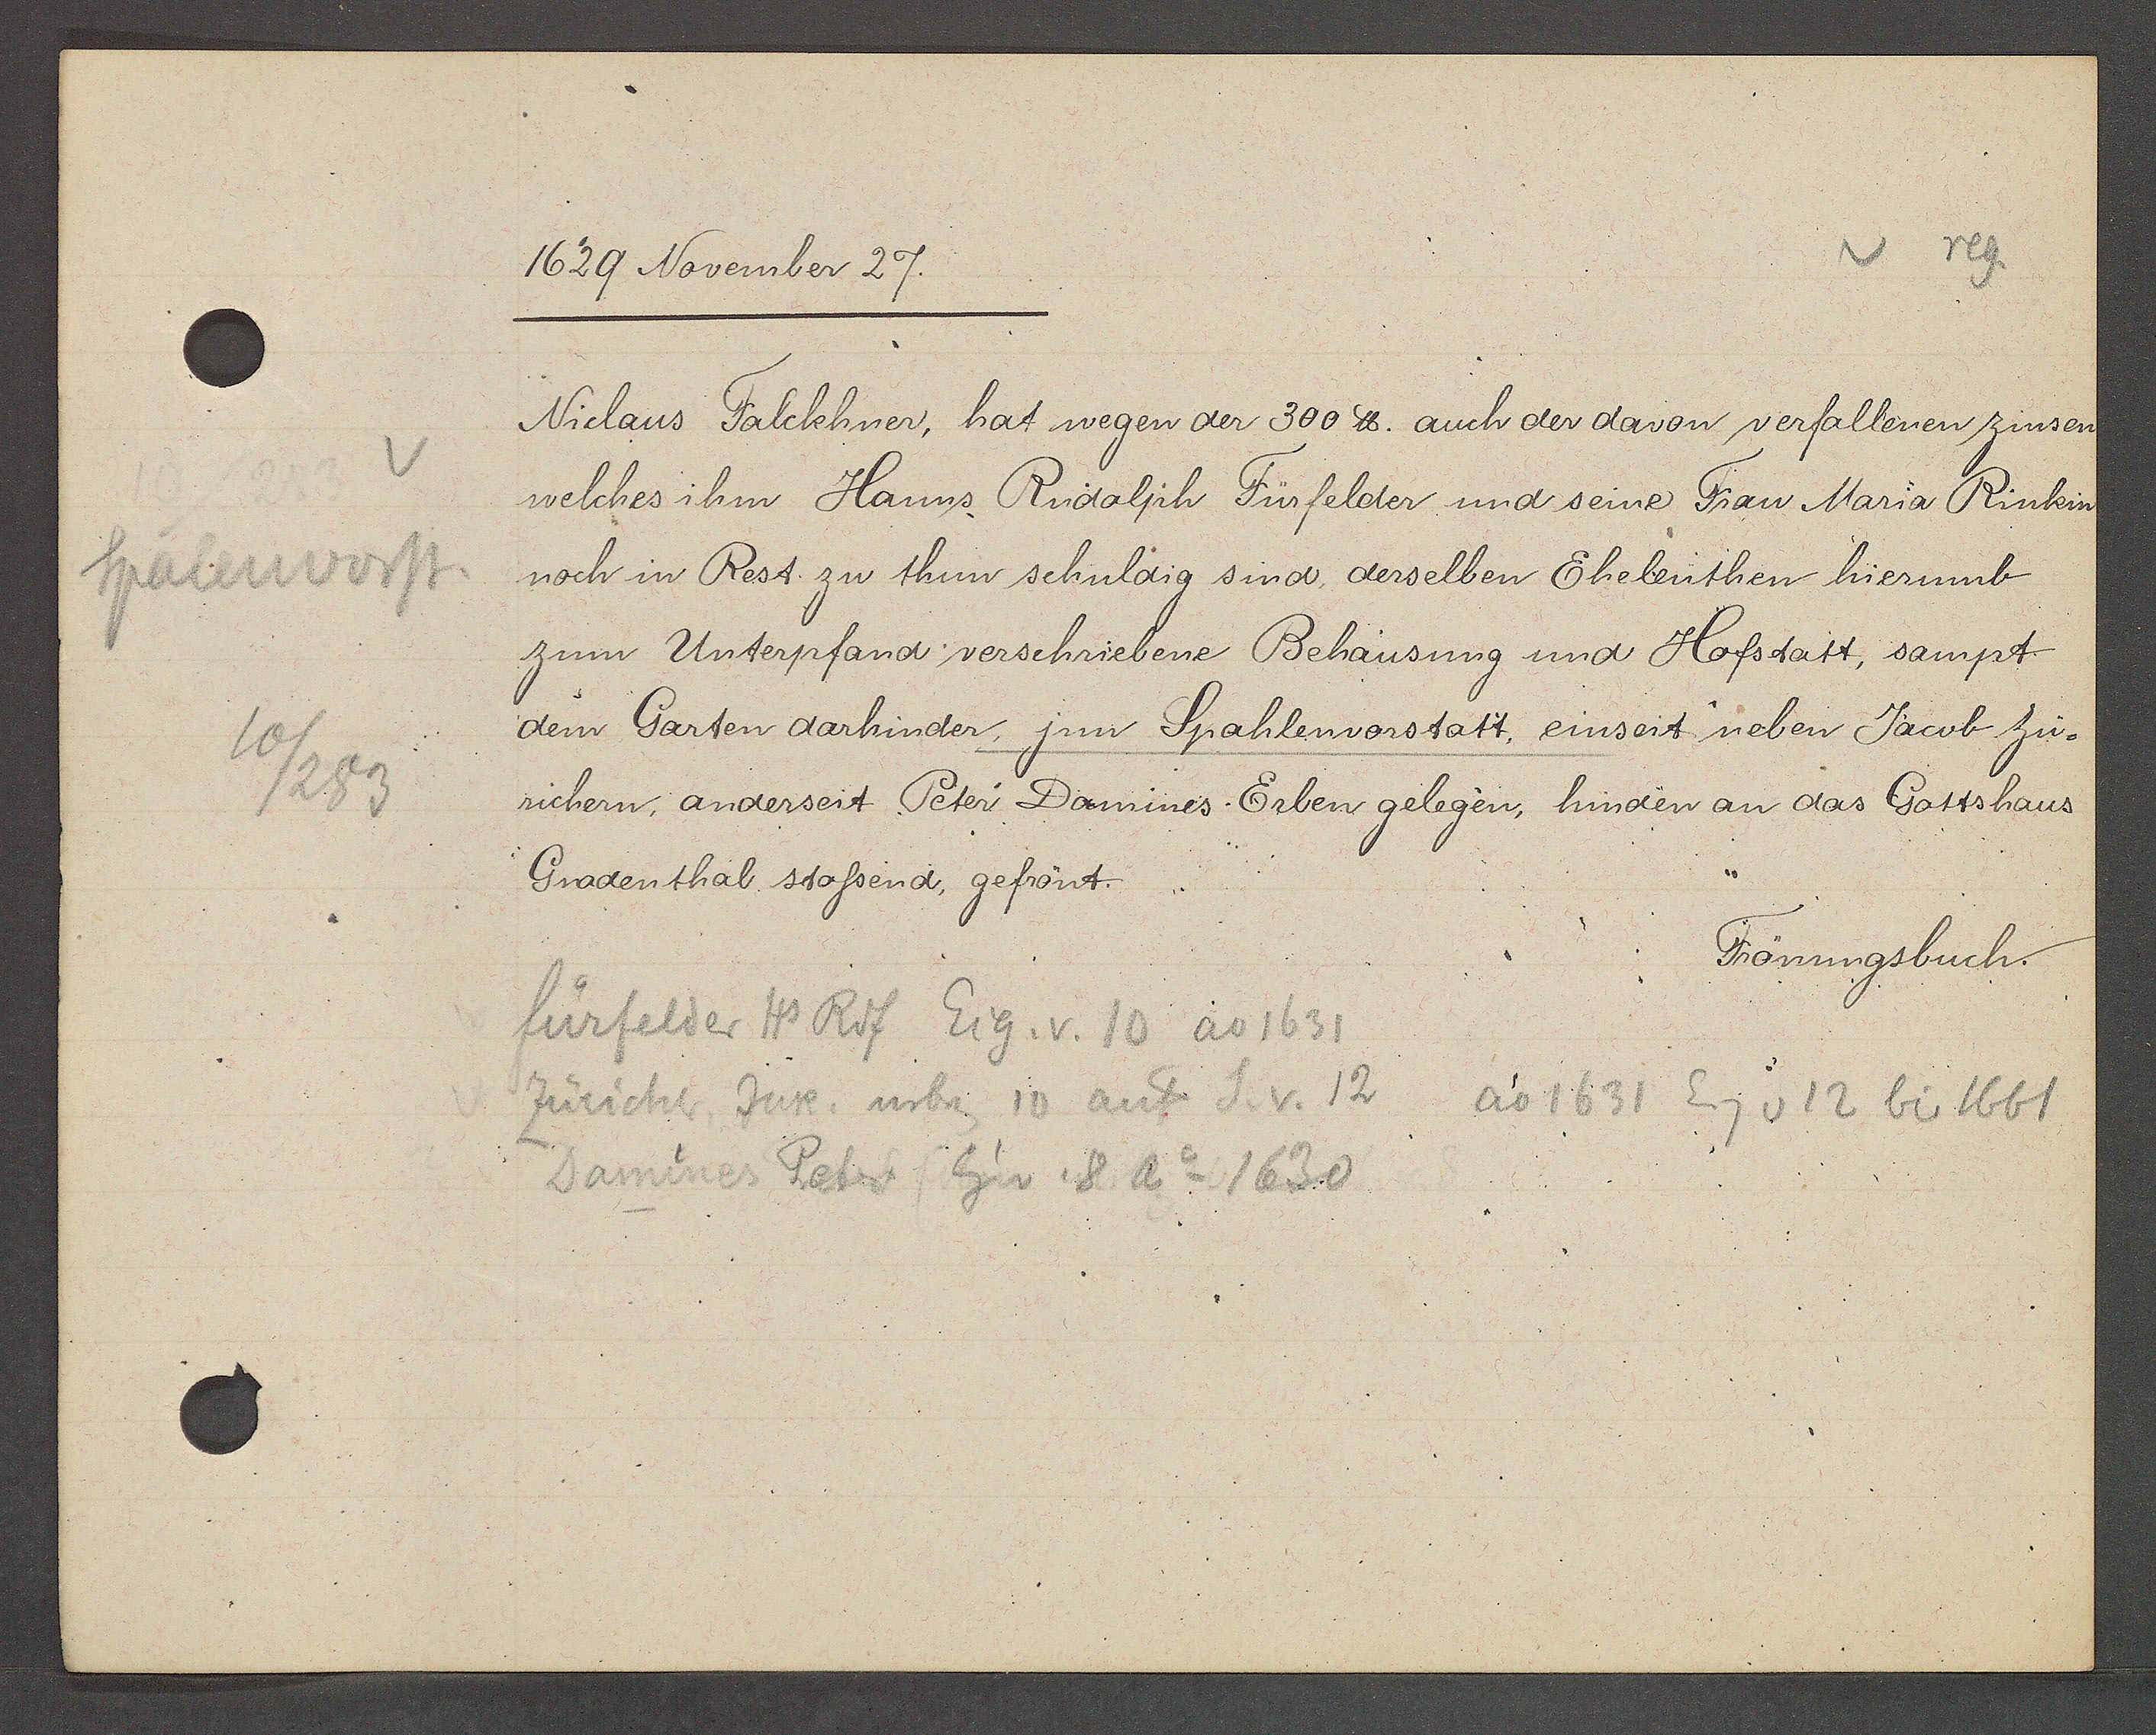
Transcript:
Spalenvorst
10/283

1629 November 27.

Niclaus Falckhner, hat wegen der 300 ℔. auch der davon verfallenen zinsen
welches ihm Hanns Rudolph Fürfelder und seine Frau Maria Rinkin
noch in Rest zu thun schuldig sind derselben Eheleuthen hierumb
zum Unterpfand verschriebene Behausung und Hofstatt, sampt
dem Garten darhinder, jnn Spahlenvorstatt, einseit neben Jacob Zu¬
richern, anderseit Peter Domines Erben gelegen, hinden an das Gottshaus
Gnadenthal stossend, gefrönt.

Frönungsbuch.

fürfelder Hs Rdf Eig. v. 10 ao 1631
Züricher Jur neben 10 auf S v. 12
ao 1631 Eig v 12 bis 1661
Daminnes Peter Eig v. 8 Ao 1630